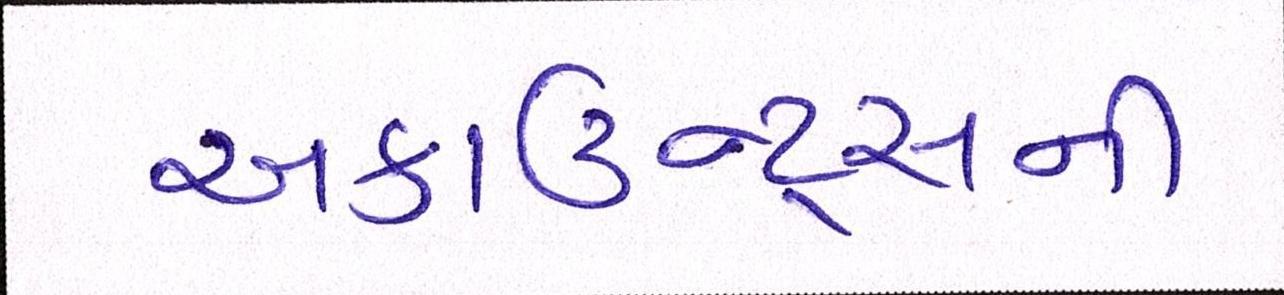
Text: અકાઉન્ટ્સની